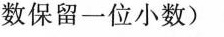
数保留一位小数